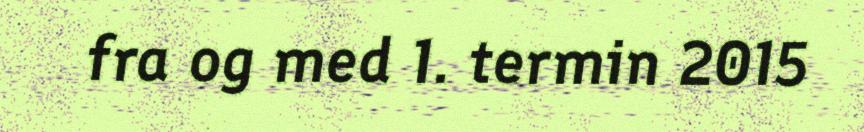
fra og med 1. termin 2015